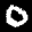
Label: 0